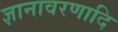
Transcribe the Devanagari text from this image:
ज्ञानावरणादि